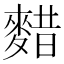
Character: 𱋃